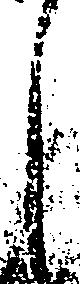
し